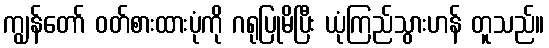
ကျွန်တော် ဝတ်စားထားပုံကို ဂရုပြုမိပြီး ယုံကြည်သွားဟန် တူသည်။